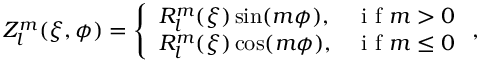
\begin{array} { r } { Z _ { l } ^ { m } ( \xi , \phi ) = \left\{ \begin{array} { l l } { R _ { l } ^ { m } ( \xi ) \sin ( m \phi ) , } & { \mathrm { ~ i ~ f ~ } m > 0 } \\ { R _ { l } ^ { m } ( \xi ) \cos ( m \phi ) , } & { \mathrm { ~ i ~ f ~ } m \leq 0 } \end{array} \right. , } \end{array}